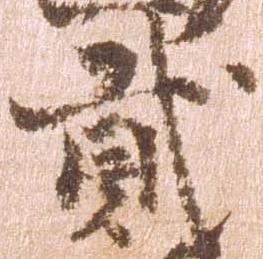
弐